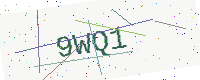
Text: 9WQ1